Annual administration report of the Bombay Presidency - 1887-1892
Year: 1887
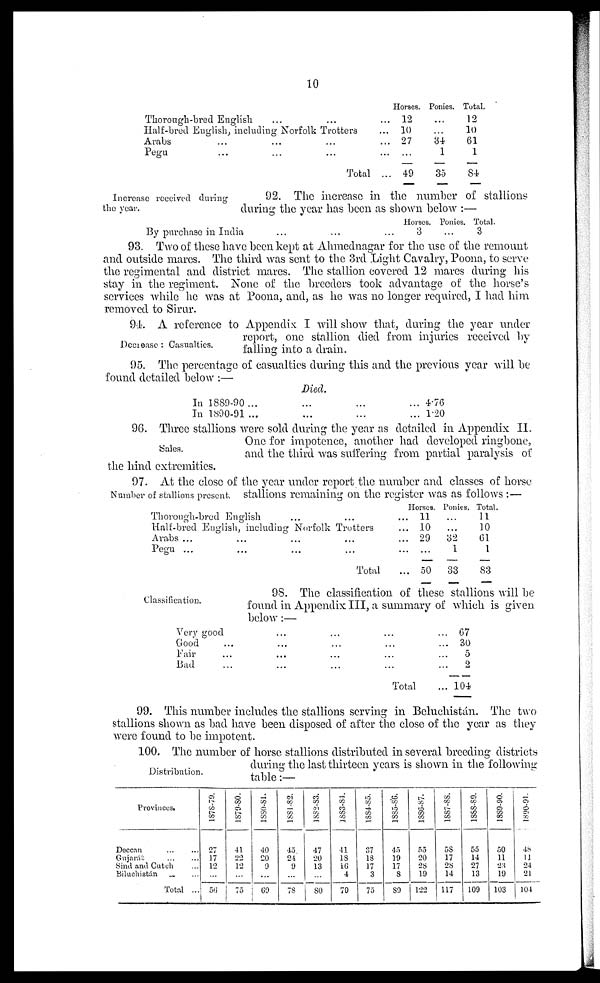
10
Thorough-bred English ... ...
Half-bred English, including Norfolk Trotters
Arabs ... ... ...
Pegu ... ... ...
Total
Horses.
... 12
... 10
... 27
... ...
... 49
Ponies.
...
...
34
1
35
Total.
12
10
61
1
84
Increase received during
the year.
92. The increase in the number of stallions
during the year has been as shown below :—
By purchase in India
...
...
...
Horses.
3
Ponies.
...
Total.
3
93. Two of these have been kept at Ahmednagar for the use of the remount
and outside mares. The third was sent to the 3rd Light Cavalry, Poona, to serve
the regimental and district mares. The stallion covered 12 mares during his
stay in the regiment. None of the breeders took advantage of the horse's
services while he was at Poona, and, as he was no longer required, I had him
removed to Sirur.
Decrease : Casualties.
94. A reference to Appendix I will show that, during the year under
report, one stallion died from injuries received by
falling into a drain.
95. The percentage of casualties during this and the previous year will be
found detailed below :—
Died.
In 1889-90 ...
In 1890-91 ...
...
...
...
...
...
...
4.76
1.20
Sales.
96. Three stallions were sold during the year as detailed in Appendix II.
One for impotence, another had developed ringbone,
and the third was suffering from partial paralysis of
the hind extremities.
Number of stallions present.
97. At the close of the year under report the number and classes of horse
stallions remaining on the register was as follows :—
Thorough-bred English ...
Half-bred English, including Norfolk Trotters
Arabs ... ... ... ...
Pegu ... ... ... ...
Total
Horses.
... 11
... 10
... 29
... ...
... 50
Ponies.
...
...
32
1
33
Total.
11
10
61
1
83
Classification.
98. The classification of these stallions will be
found in Appendix III, a summary of which is given
below:—
Very good
Good ...
Fair ...
Bad ...
...
...
...
...
...
...
...
...
...
...
...
...
Total
... 67
... 30
...
5
... 2
... 104
99. This number includes the stallions serving in Beluchistán. The two
stallions shown as bad have been disposed of after the close of the year as they
were found to be impotent.
Distribution.
100. The number of horse stallions distributed in several breeding districts
during the last thirteen years is shown in the following
table:—
Provinces.
Deccan ... ...
Gujarát ... ...
Sind and Cutch
Biluchistán ... ...
Total ...
1878-79.
27
17
12
...
56
1879-80.
41
22
12
...
75
1880-81.
40
20
9
...
69
1881-82.
45
24
9
...
78
1882-83.
47
20
13
...
80
1883-84.
41
18
16
4
79
1884-85.
37
18
17
3
75
1885-86.
45
19
17
8
89
1886-87.
55
20
28
19
122
1887-88.
58
17
28
14
117
1888-89.
55
14
27
13
109
1889-90.
50
11
23
19
103
1890-91.
48
11
24
21
104